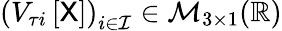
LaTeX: \left(V_{\tau i}\left[\mathsf{X}\right]\right)_{i\in\mathcal{I}}\in\mathcal{M}_{3\times 1}(\mathbb{R})